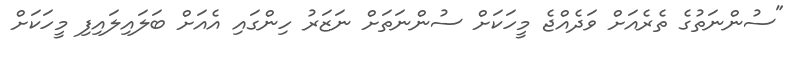
"ސުންނަތުގެ ތެރެއަށް ވަދެއްޖެ މީހަކަށް ސުންނަތަށް ނަޒަރު ހިންގައި އެއަށް ބަލައިލައިފި މީހަކަށް